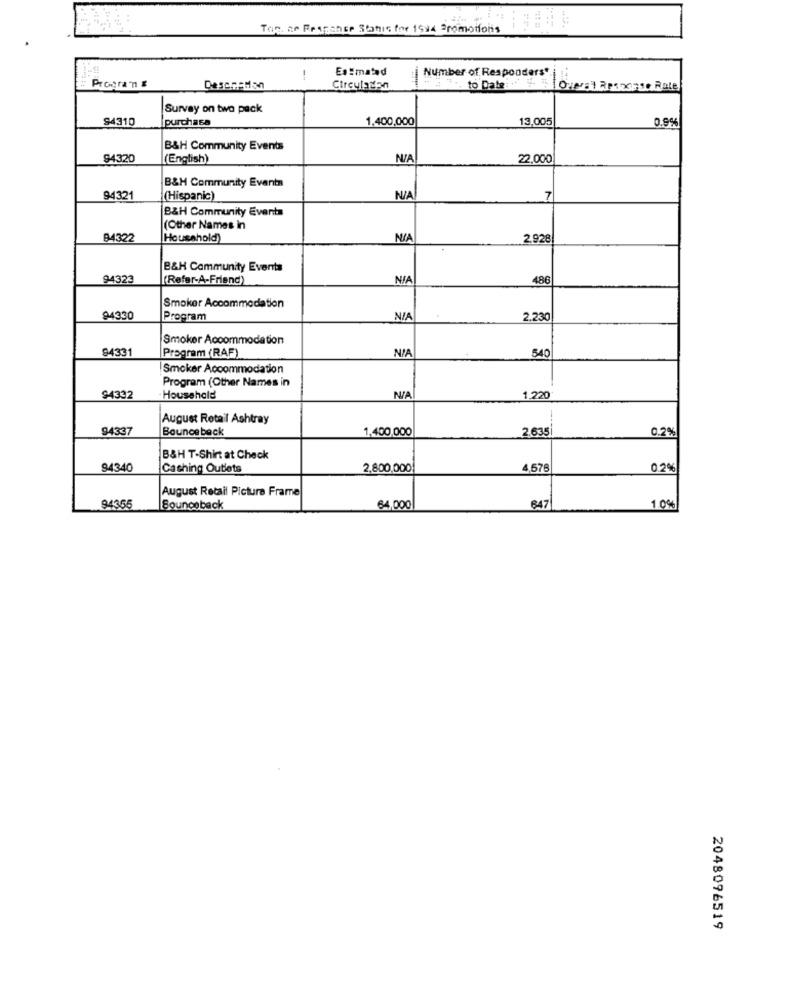
Tap. ar Franchee Stanis for 1594 Promotions
Es :matad
Number of Responders*
1
to Date: 4-
Programn E
Circulacon
Survey on two pack
94310
purchasa
1,400,000
13,005
0.9%
B&H Community Events
94320
(English)
NIA
22,000
B&H Community Events
94321
(Hispanic)
7
B&H Community Events
(Other Names in
94322
Household)
2.928
B&H Community Events
94323
(Refer-A-Friend)
NIA
486
Smoker Accommodation
94330
Program
NIA
2.230
Smoker Accommodation
94331
Program (RAF)
NIA
540
Smoker Accommodation
Program (Other Names in
94332
Household
1.220
August Retail Ashtray
94337
Bounce back
1,400,000
2.635
0.2%
B&H T-Shirt at Check
94340
Caching Outlets
2,800,000
4,576
0.2%
August Retail Picture Frame
847
94365
Bounceback
64,000
1.0%
2048096519